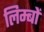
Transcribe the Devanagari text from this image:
लिम्बों